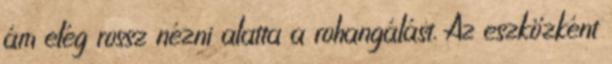
ám elég rossz nézni alatta a rohangálást. Az eszközként